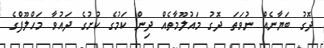
ދޮގު ބަޔާނެއް ނުވަތަ ދޮގު މައުލޫމާތެއް ދިން ކަމުގެ ކުށުގެ ދައުވާ މަހްލޫފްގެ